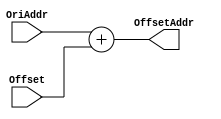
`timescale 1ns / 1ps
//////////////////////////////////////////////////////////////////////////////////
// Company: 
// Engineer: 
// 
// Design Name: 
// Module Name: AddrAdder
// Project Name: 
// Target Devices: 
// Tool Versions: 
// Description: 
// 
// Dependencies: 
// 
// Revision:
// Revision 0.01 - File Created
// Additional Comments:
// 
//////////////////////////////////////////////////////////////////////////////////


module AddrAdder(
    input[31:0] Offset,
    input[31:0] OriAddr,
    output[31:0] OffsetAddr
    );
    assign OffsetAddr = OriAddr + Offset;
endmodule